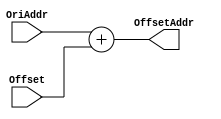
`timescale 1ns / 1ps
//////////////////////////////////////////////////////////////////////////////////
// Company: 
// Engineer: 
// 
// Design Name: 
// Module Name: AddrAdder
// Project Name: 
// Target Devices: 
// Tool Versions: 
// Description: 
// 
// Dependencies: 
// 
// Revision:
// Revision 0.01 - File Created
// Additional Comments:
// 
//////////////////////////////////////////////////////////////////////////////////


module AddrAdder(
    input[31:0] Offset,
    input[31:0] OriAddr,
    output[31:0] OffsetAddr
    );
    assign OffsetAddr = OriAddr + Offset;
endmodule